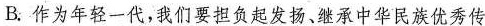
B.作为年轻一代，我们要担负起发扬，继承中华民族优秀传